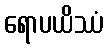
ရောပယိဿံ